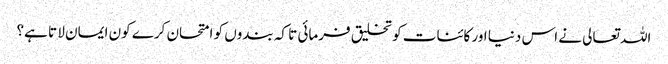
اللہ تعالی نے اس دنیا اور کائنات کو تخلیق فرمائی تا کہ بندوں کو امتحان کرے کون ایمان لا تا ہے؟